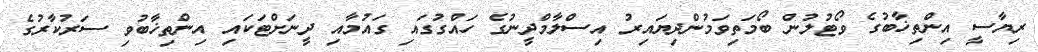
ރިޔާސީ އިންތިޚާބުގެ ވޯޓުލުން ބޯމަތިވަމުންދިޔައިރު އިސްލާމްދީނުގެ ހައްގުގައި ގައުމާއި ދީނަށްޓަކައި އިންތިޚާބުވި ސަރުކާރުގެ